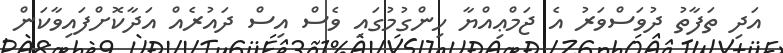
އަދި ތަފާތު ދުވަސްވަރު އެ ޖަމްޢިއްޔާ ހިންގުމުގައި ވެސް އިސް ދައުރެއް އަދާކޮށްފައިވާކަން